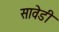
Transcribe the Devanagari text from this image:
सावेडी